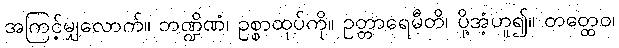
အကြင့်မျှလောက်။ ဘဏ္ဍိဏံ၊ ဥစ္စာထုပ်ကို။ ဥတ္တာရေမီတိ၊ ပို့အံ့ဟူ၍။ တတ္ထေဝ၊